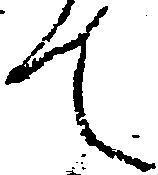
て